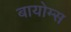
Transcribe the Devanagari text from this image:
बायोम्स